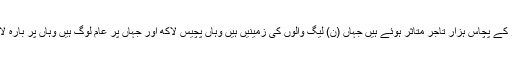
ان منصوبوں کی وجہ سے لاہور کے پچاس ہزار تاجر متاثر ہوئے ہیں جہاں (ن) لیگ والوں کی زمینیں ہیں وہاں پچیس لاکھ اور جہاں پر عام لوگ ہیں وہاں پر بارہ لاکھ روپے قیمت لگائی گئی ہے ۔